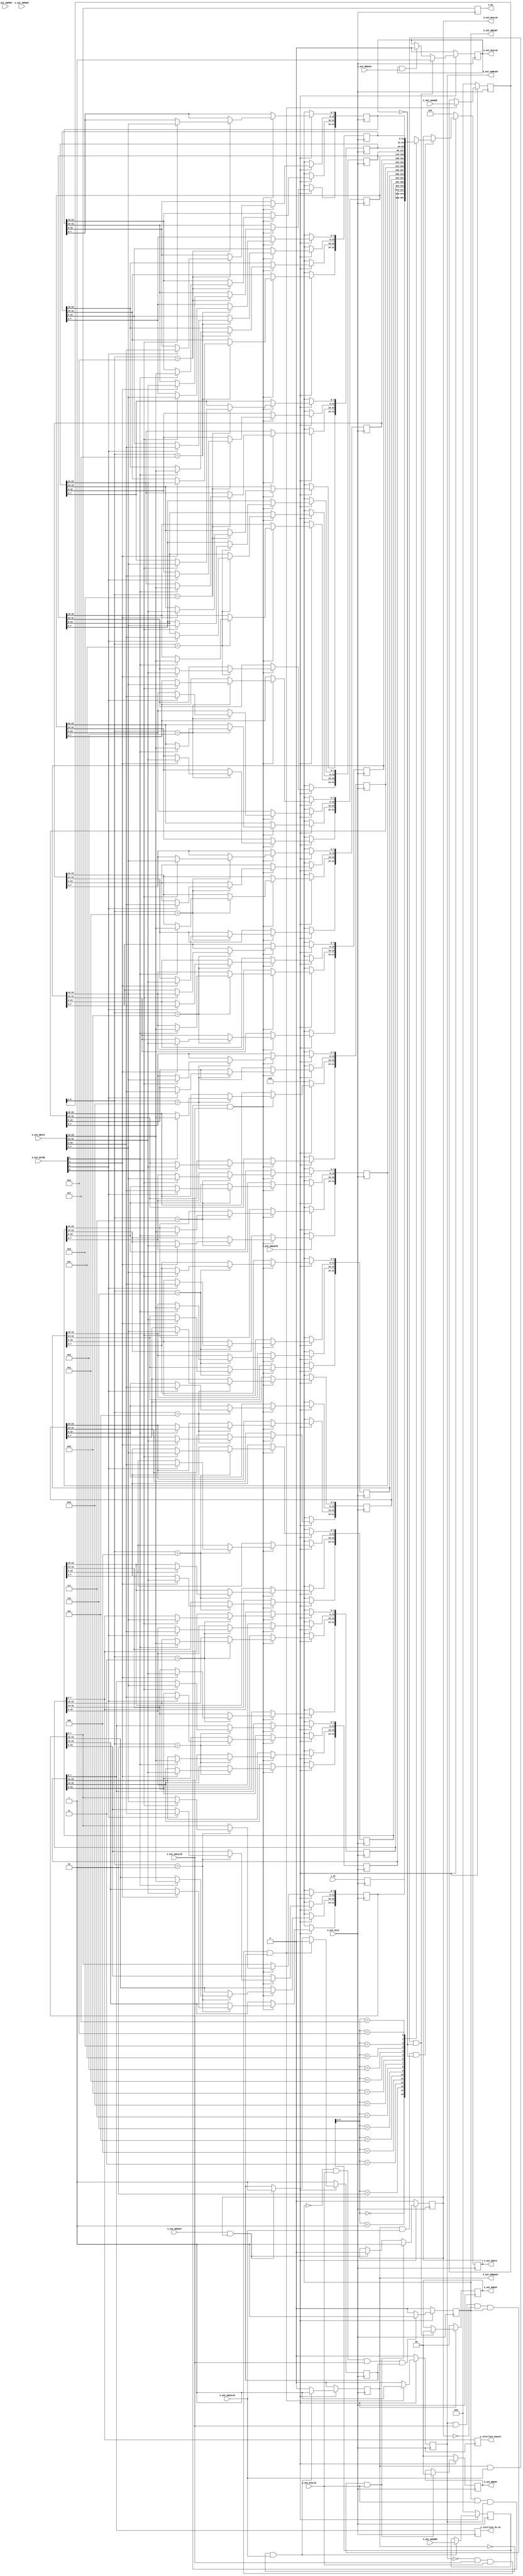
`timescale 1 ns / 1 ps

	// REG  input (PL -> PS)
	// REG  output (PS -> PL)
	// input 

	module S00_AXI #
	(
		// Parameter Override at Top Module
		parameter integer C_S_AXI_DATA_WIDTH	= 32,
		parameter integer C_S_AXI_ADDR_WIDTH	= 6
	)
	(
		// Users to add ports here
		input [7:0] i_di,
		output reg [7:0] o_do,
		output reg [7:0] o_interlock_do_en,
		output reg [7:0] o_interlock_bypass,

		// User ports ends
		// Do not modify the ports beyond this line

		// Global Clock Signal
		input wire  S_AXI_ACLK,
		// Global Reset Signal. This Signal is Active LOW
		input wire  S_AXI_ARESETN,
		// Write address (issued by master, acceped by Slave)
		input wire [C_S_AXI_ADDR_WIDTH-1 : 0] S_AXI_AWADDR,
		// Write channel Protection type. This signal indicates the
    		// privilege and security level of the transaction, and whether
    		// the transaction is a data access or an instruction access.
		input wire [2 : 0] S_AXI_AWPROT,
		// Write address valid. This signal indicates that the master signaling
    		// valid write address and control information.
		input wire  S_AXI_AWVALID,
		// Write address ready. This signal indicates that the slave is ready
    		// to accept an address and associated control signals.
		output wire  S_AXI_AWREADY,
		// Write data (issued by master, acceped by Slave) 
		input wire [C_S_AXI_DATA_WIDTH-1 : 0] S_AXI_WDATA,
		// Write strobes. This signal indicates which byte lanes hold
    		// valid data. There is one write strobe bit for each eight
    		// bits of the write data bus.    
		input wire [(C_S_AXI_DATA_WIDTH/8)-1 : 0] S_AXI_WSTRB,
		// Write valid. This signal indicates that valid write
    		// data and strobes are available.
		input wire  S_AXI_WVALID,
		// Write ready. This signal indicates that the slave
    		// can accept the write data.
		output wire  S_AXI_WREADY,
		// Write response. This signal indicates the status
    		// of the write transaction.
		output wire [1 : 0] S_AXI_BRESP,
		// Write response valid. This signal indicates that the channel
    		// is signaling a valid write response.
		output wire  S_AXI_BVALID,
		// Response ready. This signal indicates that the master
    		// can accept a write response.
		input wire  S_AXI_BREADY,
		// Read address (issued by master, acceped by Slave)
		input wire [C_S_AXI_ADDR_WIDTH-1 : 0] S_AXI_ARADDR,
		// Protection type. This signal indicates the privilege
    		// and security level of the transaction, and whether the
    		// transaction is a data access or an instruction access.
		input wire [2 : 0] S_AXI_ARPROT,
		// Read address valid. This signal indicates that the channel
    		// is signaling valid read address and control information.
		input wire  S_AXI_ARVALID,
		// Read address ready. This signal indicates that the slave is
    		// ready to accept an address and associated control signals.
		output wire  S_AXI_ARREADY,
		// Read data (issued by slave)
		output wire [C_S_AXI_DATA_WIDTH-1 : 0] S_AXI_RDATA,
		// Read response. This signal indicates the status of the
    		// read transfer.
		output wire [1 : 0] S_AXI_RRESP,
		// Read valid. This signal indicates that the channel is
    		// signaling the required read data.
		output wire  S_AXI_RVALID,
		// Read ready. This signal indicates that the master can
    		// accept the read data and response information.
		input wire  S_AXI_RREADY
	);

	// AXI4LITE signals
	reg [C_S_AXI_ADDR_WIDTH-1 : 0] 	axi_awaddr;
	reg  	axi_awready;
	reg  	axi_wready;
	reg [1 : 0] 	axi_bresp;
	reg  	axi_bvalid;
	reg [C_S_AXI_ADDR_WIDTH-1 : 0] 	axi_araddr;
	reg  	axi_arready;
	reg [C_S_AXI_DATA_WIDTH-1 : 0] 	axi_rdata;
	reg [1 : 0] 	axi_rresp;
	reg  	axi_rvalid;

	// Example-specific design signals
	// local parameter for addressing 32 bit / 64 bit C_S_AXI_DATA_WIDTH
	// ADDR_LSB is used for addressing 32/64 bit registers/memories
	// ADDR_LSB = 2 for 32 bits (n downto 2)
	// ADDR_LSB = 3 for 64 bits (n downto 3)
	localparam integer ADDR_LSB = (C_S_AXI_DATA_WIDTH/32) + 1;
	localparam integer OPT_MEM_ADDR_BITS = 3;
	//----------------------------------------------
	//-- Signals for user logic register space example
	//------------------------------------------------
	//-- Number of Slave Registers 4
	reg [C_S_AXI_DATA_WIDTH-1:0]	slv_reg0;
	reg [C_S_AXI_DATA_WIDTH-1:0]	slv_reg1;
	reg [C_S_AXI_DATA_WIDTH-1:0]	slv_reg2;
	reg [C_S_AXI_DATA_WIDTH-1:0]	slv_reg3;
	reg [C_S_AXI_DATA_WIDTH-1:0]	slv_reg4;
	reg [C_S_AXI_DATA_WIDTH-1:0]	slv_reg5;
	reg [C_S_AXI_DATA_WIDTH-1:0]	slv_reg6;
	reg [C_S_AXI_DATA_WIDTH-1:0]	slv_reg7;
	reg [C_S_AXI_DATA_WIDTH-1:0]	slv_reg8;
	reg [C_S_AXI_DATA_WIDTH-1:0]	slv_reg9;
	reg [C_S_AXI_DATA_WIDTH-1:0]	slv_reg10;
	reg [C_S_AXI_DATA_WIDTH-1:0]	slv_reg11;
	reg [C_S_AXI_DATA_WIDTH-1:0]	slv_reg12;
	reg [C_S_AXI_DATA_WIDTH-1:0]	slv_reg13;
	reg [C_S_AXI_DATA_WIDTH-1:0]	slv_reg14;
	reg [C_S_AXI_DATA_WIDTH-1:0]	slv_reg15;

	wire	 slv_reg_rden;
	wire	 slv_reg_wren;
	reg [C_S_AXI_DATA_WIDTH-1:0]	 reg_data_out;
	integer	 byte_index;
	reg	 aw_en;

	// I/O Connections assignments

	assign S_AXI_AWREADY	= axi_awready;
	assign S_AXI_WREADY	= axi_wready;
	assign S_AXI_BRESP	= axi_bresp;
	assign S_AXI_BVALID	= axi_bvalid;
	assign S_AXI_ARREADY	= axi_arready;
	assign S_AXI_RDATA	= axi_rdata;
	assign S_AXI_RRESP	= axi_rresp;
	assign S_AXI_RVALID	= axi_rvalid;
	// Implement axi_awready generation
	// axi_awready is asserted for one S_AXI_ACLK clock cycle when both
	// S_AXI_AWVALID and S_AXI_WVALID are asserted. axi_awready is
	// de-asserted when reset is low.

	always @( posedge S_AXI_ACLK )
	begin
	  if ( S_AXI_ARESETN == 1'b0 )
	    begin
	      axi_awready <= 1'b0;
	      aw_en <= 1'b1;
	    end 
	  else
	    begin    
	      if (~axi_awready && S_AXI_AWVALID && S_AXI_WVALID && aw_en)
	        begin
	          // slave is ready to accept write address when 
	          // there is a valid write address and write data
	          // on the write address and data bus. This design 
	          // expects no outstanding transactions. 
	          axi_awready <= 1'b1;
	          aw_en <= 1'b0;
	        end
	        else if (S_AXI_BREADY && axi_bvalid)
	            begin
	              aw_en <= 1'b1;
	              axi_awready <= 1'b0;
	            end
	      else           
	        begin
	          axi_awready <= 1'b0;
	        end
	    end 
	end       

	// Implement axi_awaddr latching
	// This process is used to latch the address when both 
	// S_AXI_AWVALID and S_AXI_WVALID are valid. 

	always @( posedge S_AXI_ACLK )
	begin
	  if ( S_AXI_ARESETN == 1'b0 )
	    begin
	      axi_awaddr <= 0;
	    end 
	  else
	    begin    
	      if (~axi_awready && S_AXI_AWVALID && S_AXI_WVALID && aw_en)
	        begin
	          // Write Address latching 
	          axi_awaddr <= S_AXI_AWADDR;
	        end
	    end 
	end       

	// Implement axi_wready generation
	// axi_wready is asserted for one S_AXI_ACLK clock cycle when both
	// S_AXI_AWVALID and S_AXI_WVALID are asserted. axi_wready is 
	// de-asserted when reset is low. 

	always @( posedge S_AXI_ACLK )
	begin
	  if ( S_AXI_ARESETN == 1'b0 )
	    begin
	      axi_wready <= 1'b0;
	    end 
	  else
	    begin    
	      if (~axi_wready && S_AXI_WVALID && S_AXI_AWVALID && aw_en )
	        begin
	          // slave is ready to accept write data when 
	          // there is a valid write address and write data
	          // on the write address and data bus. This design 
	          // expects no outstanding transactions. 
	          axi_wready <= 1'b1;
	        end
	      else
	        begin
	          axi_wready <= 1'b0;
	        end
	    end 
	end       

	// Implement memory mapped register select and write logic generation
	// The write data is accepted and written to memory mapped registers when
	// axi_awready, S_AXI_WVALID, axi_wready and S_AXI_WVALID are asserted. Write strobes are used to
	// select byte enables of slave registers while writing.
	// These registers are cleared when reset (active low) is applied.
	// Slave register write enable is asserted when valid address and data are available
	// and the slave is ready to accept the write address and write data.
	assign slv_reg_wren = axi_wready && S_AXI_WVALID && axi_awready && S_AXI_AWVALID;

	always @( posedge S_AXI_ACLK )
	begin
	  if ( S_AXI_ARESETN == 1'b0 )
	    begin
	      //slv_reg0 <= 0;
	      slv_reg1 <= 0;
	      slv_reg2 <= 0;
	      slv_reg3 <= 0;
	      slv_reg4 <= 0;
	      slv_reg5 <= 0;
          slv_reg6 <= 0;
	      slv_reg7 <= 0;
	      slv_reg8 <= 0;
	      slv_reg9 <= 0;
	      slv_reg10 <= 0;
	      slv_reg11 <= 0;
	      slv_reg12 <= 0;
	      slv_reg13 <= 0;
	      slv_reg14 <= 0;
	      slv_reg15 <= 0;
	    end 
	  else begin
	    if (slv_reg_wren)
	      begin
	        case ( axi_awaddr[ADDR_LSB+OPT_MEM_ADDR_BITS:ADDR_LSB] )
			/*
              4'h0:
	            for ( byte_index = 0; byte_index <= (C_S_AXI_DATA_WIDTH/8)-1; byte_index = byte_index+1 )
	              if ( S_AXI_WSTRB[byte_index] == 1 ) begin
	                // Respective byte enables are asserted as per write strobes 
	                // Slave register 5
	                slv_reg0[(byte_index*8) +: 8] <= S_AXI_WDATA[(byte_index*8) +: 8];
	              end
*/
			4'h1:
	            for ( byte_index = 0; byte_index <= (C_S_AXI_DATA_WIDTH/8)-1; byte_index = byte_index+1 )
	              if ( S_AXI_WSTRB[byte_index] == 1 ) begin
	                // Respective byte enables are asserted as per write strobes 
	                // Slave register 5
	                slv_reg1[(byte_index*8) +: 8] <= S_AXI_WDATA[(byte_index*8) +: 8];
	              end

			4'h2:
	            for ( byte_index = 0; byte_index <= (C_S_AXI_DATA_WIDTH/8)-1; byte_index = byte_index+1 )
	              if ( S_AXI_WSTRB[byte_index] == 1 ) begin
	                // Respective byte enables are asserted as per write strobes 
	                // Slave register 5
	                slv_reg2[(byte_index*8) +: 8] <= S_AXI_WDATA[(byte_index*8) +: 8];
	              end

			4'h3:
	            for ( byte_index = 0; byte_index <= (C_S_AXI_DATA_WIDTH/8)-1; byte_index = byte_index+1 )
	              if ( S_AXI_WSTRB[byte_index] == 1 ) begin
	                // Respective byte enables are asserted as per write strobes 
	                // Slave register 5
	                slv_reg3[(byte_index*8) +: 8] <= S_AXI_WDATA[(byte_index*8) +: 8];
	              end

			4'h4:
	            for ( byte_index = 0; byte_index <= (C_S_AXI_DATA_WIDTH/8)-1; byte_index = byte_index+1 )
	              if ( S_AXI_WSTRB[byte_index] == 1 ) begin
	                // Respective byte enables are asserted as per write strobes 
	                // Slave register 5
	                slv_reg4[(byte_index*8) +: 8] <= S_AXI_WDATA[(byte_index*8) +: 8];
	              end

			4'h5:
	            for ( byte_index = 0; byte_index <= (C_S_AXI_DATA_WIDTH/8)-1; byte_index = byte_index+1 )
	              if ( S_AXI_WSTRB[byte_index] == 1 ) begin
	                // Respective byte enables are asserted as per write strobes 
	                // Slave register 5
	                slv_reg5[(byte_index*8) +: 8] <= S_AXI_WDATA[(byte_index*8) +: 8];
	              end

			  4'h6:
	            for ( byte_index = 0; byte_index <= (C_S_AXI_DATA_WIDTH/8)-1; byte_index = byte_index+1 )
	              if ( S_AXI_WSTRB[byte_index] == 1 ) begin
	                // Respective byte enables are asserted as per write strobes 
	                // Slave register 5
	                slv_reg6[(byte_index*8) +: 8] <= S_AXI_WDATA[(byte_index*8) +: 8];
	              end

              4'h7:
	            for ( byte_index = 0; byte_index <= (C_S_AXI_DATA_WIDTH/8)-1; byte_index = byte_index+1 )
	              if ( S_AXI_WSTRB[byte_index] == 1 ) begin
	                // Respective byte enables are asserted as per write strobes 
	                // Slave register 5
	                slv_reg7[(byte_index*8) +: 8] <= S_AXI_WDATA[(byte_index*8) +: 8];
	              end

              4'h8:
	            for ( byte_index = 0; byte_index <= (C_S_AXI_DATA_WIDTH/8)-1; byte_index = byte_index+1 )
	              if ( S_AXI_WSTRB[byte_index] == 1 ) begin
	                // Respective byte enables are asserted as per write strobes 
	                // Slave register 5
	                slv_reg8[(byte_index*8) +: 8] <= S_AXI_WDATA[(byte_index*8) +: 8];
	              end
			  4'h9:
	            for ( byte_index = 0; byte_index <= (C_S_AXI_DATA_WIDTH/8)-1; byte_index = byte_index+1 )
	              if ( S_AXI_WSTRB[byte_index] == 1 ) begin
	                // Respective byte enables are asserted as per write strobes 
	                // Slave register 9
	                slv_reg9[(byte_index*8) +: 8] <= S_AXI_WDATA[(byte_index*8) +: 8];
	              end  
	          4'hA:
	            for ( byte_index = 0; byte_index <= (C_S_AXI_DATA_WIDTH/8)-1; byte_index = byte_index+1 )
	              if ( S_AXI_WSTRB[byte_index] == 1 ) begin
	                // Respective byte enables are asserted as per write strobes 
	                // Slave register 10
	                slv_reg10[(byte_index*8) +: 8] <= S_AXI_WDATA[(byte_index*8) +: 8];
	              end  
	          4'hB:
	            for ( byte_index = 0; byte_index <= (C_S_AXI_DATA_WIDTH/8)-1; byte_index = byte_index+1 )
	              if ( S_AXI_WSTRB[byte_index] == 1 ) begin
	                // Respective byte enables are asserted as per write strobes 
	                // Slave register 11
	                slv_reg11[(byte_index*8) +: 8] <= S_AXI_WDATA[(byte_index*8) +: 8];
	              end  
	          4'hC:
	            for ( byte_index = 0; byte_index <= (C_S_AXI_DATA_WIDTH/8)-1; byte_index = byte_index+1 )
	              if ( S_AXI_WSTRB[byte_index] == 1 ) begin
	                // Respective byte enables are asserted as per write strobes 
	                // Slave register 12
	                slv_reg12[(byte_index*8) +: 8] <= S_AXI_WDATA[(byte_index*8) +: 8];
	              end  
	          4'hD:
	            for ( byte_index = 0; byte_index <= (C_S_AXI_DATA_WIDTH/8)-1; byte_index = byte_index+1 )
	              if ( S_AXI_WSTRB[byte_index] == 1 ) begin
	                // Respective byte enables are asserted as per write strobes 
	                // Slave register 13
	                slv_reg13[(byte_index*8) +: 8] <= S_AXI_WDATA[(byte_index*8) +: 8];
	              end  
	          4'hE:
	            for ( byte_index = 0; byte_index <= (C_S_AXI_DATA_WIDTH/8)-1; byte_index = byte_index+1 )
	              if ( S_AXI_WSTRB[byte_index] == 1 ) begin
	                // Respective byte enables are asserted as per write strobes 
	                // Slave register 14
	                slv_reg14[(byte_index*8) +: 8] <= S_AXI_WDATA[(byte_index*8) +: 8];
	              end  
	          4'hF:
	            for ( byte_index = 0; byte_index <= (C_S_AXI_DATA_WIDTH/8)-1; byte_index = byte_index+1 )
	              if ( S_AXI_WSTRB[byte_index] == 1 ) begin
	                // Respective byte enables are asserted as per write strobes 
	                // Slave register 15
	                slv_reg15[(byte_index*8) +: 8] <= S_AXI_WDATA[(byte_index*8) +: 8];
	              end
	              
	          default : begin
	                      //slv_reg0 <= slv_reg0;
	                      slv_reg1 <= slv_reg1;
	                      slv_reg2 <= slv_reg2;
	                      slv_reg3 <= slv_reg3;
	                      slv_reg4 <= slv_reg4;
	                      slv_reg5 <= slv_reg5;
                          slv_reg6 <= slv_reg6;
	                      slv_reg7 <= slv_reg7;
	                      slv_reg8 <= slv_reg8;
	                      slv_reg9 <= slv_reg9;
	                      slv_reg10 <= slv_reg10;
	                      slv_reg11 <= slv_reg11;
	                      slv_reg12 <= slv_reg12;
	                      slv_reg13 <= slv_reg13;
	                      slv_reg14 <= slv_reg14;
	                      slv_reg15 <= slv_reg15;
	                    end
	        endcase
	      end
	  end
	end    

	// Implement write response logic generation
	// The write response and response valid signals are asserted by the slave 
	// when axi_wready, S_AXI_WVALID, axi_wready and S_AXI_WVALID are asserted.  
	// This marks the acceptance of address and indicates the status of 
	// write transaction.

	always @( posedge S_AXI_ACLK )
	begin
	  if ( S_AXI_ARESETN == 1'b0 )
	    begin
	      axi_bvalid  <= 0;
	      axi_bresp   <= 2'b0;
	    end 
	  else
	    begin    
	      if (axi_awready && S_AXI_AWVALID && ~axi_bvalid && axi_wready && S_AXI_WVALID)
	        begin
	          // indicates a valid write response is available
	          axi_bvalid <= 1'b1;
	          axi_bresp  <= 2'b0; // 'OKAY' response 
	        end                   // work error responses in future
	      else
	        begin
	          if (S_AXI_BREADY && axi_bvalid) 
	            //check if bready is asserted while bvalid is high) 
	            //(there is a possibility that bready is always asserted high)   
	            begin
	              axi_bvalid <= 1'b0; 
	            end  
	        end
	    end
	end   

	// Implement axi_arready generation
	// axi_arready is asserted for one S_AXI_ACLK clock cycle when
	// S_AXI_ARVALID is asserted. axi_awready is 
	// de-asserted when reset (active low) is asserted. 
	// The read address is also latched when S_AXI_ARVALID is 
	// asserted. axi_araddr is reset to zero on reset assertion.

	always @( posedge S_AXI_ACLK )
	begin
	  if ( S_AXI_ARESETN == 1'b0 )
	    begin
	      axi_arready <= 1'b0;
	      axi_araddr  <= 32'b0;
	    end 
	  else
	    begin    
	      if (~axi_arready && S_AXI_ARVALID)
	        begin
	          // indicates that the slave has acceped the valid read address
	          axi_arready <= 1'b1;
	          // Read address latching
	          axi_araddr  <= S_AXI_ARADDR;
	        end
	      else
	        begin
	          axi_arready <= 1'b0;
	        end
	    end 
	end       

	// Implement axi_arvalid generation
	// axi_rvalid is asserted for one S_AXI_ACLK clock cycle when both 
	// S_AXI_ARVALID and axi_arready are asserted. The slave registers 
	// data are available on the axi_rdata bus at this instance. The 
	// assertion of axi_rvalid marks the validity of read data on the 
	// bus and axi_rresp indicates the status of read transaction.axi_rvalid 
	// is deasserted on reset (active low). axi_rresp and axi_rdata are 
	// cleared to zero on reset (active low).  
	always @( posedge S_AXI_ACLK )
	begin
	  if ( S_AXI_ARESETN == 1'b0 )
	    begin
	      axi_rvalid <= 0;
	      axi_rresp  <= 0;
	    end 
	  else
	    begin    
	      if (axi_arready && S_AXI_ARVALID && ~axi_rvalid)
	        begin
	          // Valid read data is available at the read data bus
	          axi_rvalid <= 1'b1;
	          axi_rresp  <= 2'b0; // 'OKAY' response
	        end   
	      else if (axi_rvalid && S_AXI_RREADY)
	        begin
	          // Read data is accepted by the master
	          axi_rvalid <= 1'b0;
	        end                
	    end
	end    

	// Implement memory mapped register select and read logic generation
	// Slave register read enable is asserted when valid address is available
	// and the slave is ready to accept the read address.
	assign slv_reg_rden = axi_arready & S_AXI_ARVALID & ~axi_rvalid;
	always @(*)
	begin
	      // Address decoding for reading registers
	      case ( axi_araddr[ADDR_LSB+OPT_MEM_ADDR_BITS:ADDR_LSB] )
	        4'h0   : reg_data_out <= slv_reg0;
	        4'h1   : reg_data_out <= slv_reg1;
	        4'h2   : reg_data_out <= slv_reg2;
	        4'h3   : reg_data_out <= slv_reg3;
	        4'h4   : reg_data_out <= slv_reg4;
	        4'h5   : reg_data_out <= slv_reg5;
	        4'h6   : reg_data_out <= slv_reg6;
	        4'h7   : reg_data_out <= slv_reg7;
	        4'h8   : reg_data_out <= slv_reg8;
	        4'h9   : reg_data_out <= slv_reg9;
	        4'hA   : reg_data_out <= slv_reg10;
	        4'hB   : reg_data_out <= slv_reg11;
	        4'hC   : reg_data_out <= slv_reg12;
	        4'hD   : reg_data_out <= slv_reg13;
	        4'hE   : reg_data_out <= slv_reg14;
	        4'hF   : reg_data_out <= slv_reg15;
	        default : reg_data_out <= 0;
	      endcase
	end

	// Output register or memory read data
	always @( posedge S_AXI_ACLK )
	begin
	  if ( S_AXI_ARESETN == 1'b0 )
	    begin
	      axi_rdata  <= 0;
	    end 
	  else
	    begin    
	      // When there is a valid read address (S_AXI_ARVALID) with 
	      // acceptance of read address by the slave (axi_arready), 
	      // output the read dada 
	      if (slv_reg_rden)
	        begin
	          axi_rdata <= reg_data_out;     // register read data
	        end   
	    end
	end    

	// Add user logic here
	always @(posedge S_AXI_ACLK)
    begin
		slv_reg0[7:0] <= i_di;

        o_do <= slv_reg1[7:0];
		o_interlock_do_en <= slv_reg2[7:0];
		o_interlock_bypass <= slv_reg3[7:0];
    end

	// User logic ends

    endmodule